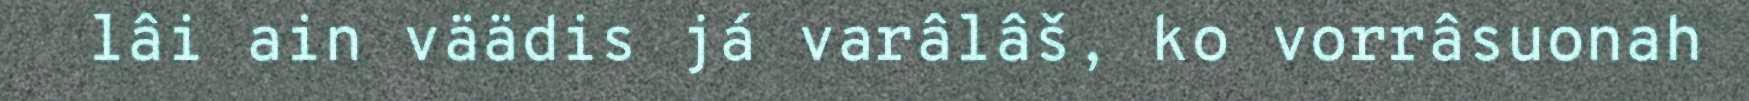
lâi ain väädis já varâlâš, ko vorrâsuonah